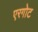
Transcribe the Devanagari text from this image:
एरगोट